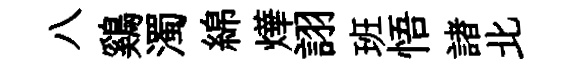
八鷄濁綿燁詡班悟諸北